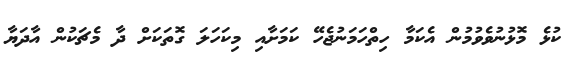
ކުޅެ މޮޅުނުވެވުމުން އެކަމާ ހިތްހަމަނުޖެހޭ ކަމަށާއި މިކަހަލަ ގޮތަކަށް ދާ މެޗަކުން އާދަޔާ